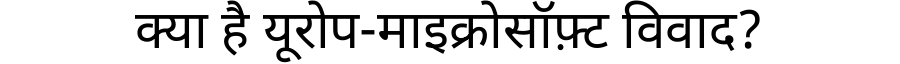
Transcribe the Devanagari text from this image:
क्या है यूरोप-माइक्रोसॉफ़्ट विवाद?